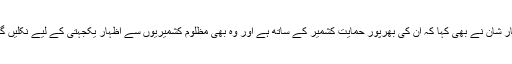
ادکار شان نے بھی کہا کہ ان کی بھرپور حمایت کشمیر کے ساتھ ہے اور وہ بھی مظلوم کشمیریوں سے اظہار یکجہتی کے لیے نکلیں گے۔